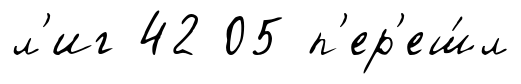
л'иг 42 05 п'ер'еш́л